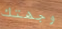
وجهتك